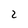
Character: 2